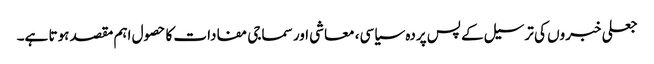
جعلی خبروں کی ترسیل کے پس پردہ سیاسی، معاشی اور سماجی مفادات کا حصول اہم مقصد ہوتا ہے۔